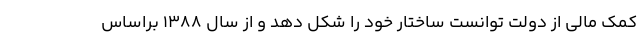
کمک مالی از دولت توانست ساختار خود را شکل دهد و از سال 1388 براساس